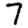
Digit: 7